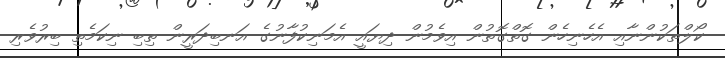
ކޯލްތަކުންނާއި އެހެނިހެން ގޮތްގޮތުން އިވެމުން ދިޔައީ އެމަނިކުފާނުގެ އަނބިދަރީން ތިބި ނިކަމެތި ބިރުވެރި